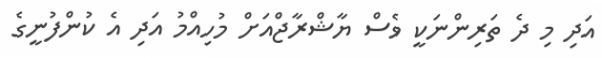
އަދި މި ދެ ތަރިންނަކީ ވެސް ޔާޝްރާޖްއަށް މުހިއްމު އަދި އެ ކުންފުނީގެ